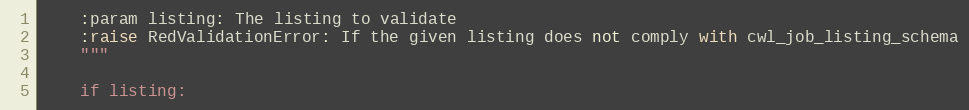
Language: Python
    :param listing: The listing to validate
    :raise RedValidationError: If the given listing does not comply with cwl_job_listing_schema
    """

    if listing: